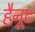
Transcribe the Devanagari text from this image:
हैनूट